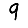
Digit: 9